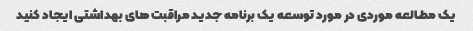
یک مطالعه موردی در مورد توسعه یک برنامه جدید مراقبت های بهداشتی ایجاد کنید